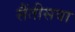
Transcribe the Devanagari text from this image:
सैंतीसवा